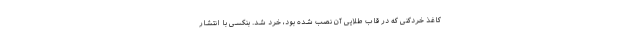
کاغذ خردکنی که در قاب طلایی آن نصب شده بود، خرد شد. بنکسی با انتشار